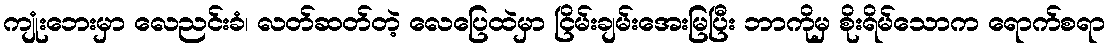
ကျုံးဘေးမှာ လေညင်းခံ၊ လတ်ဆတ်တဲ့ လေပြေထဲမှာ ငြိမ်းချမ်းအေးမြပြီး ဘာကိုမှ စိုးရိမ်သောက ရောက်စရာ